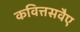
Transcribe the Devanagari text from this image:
कवित्तसवैए